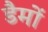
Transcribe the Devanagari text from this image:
डैमों